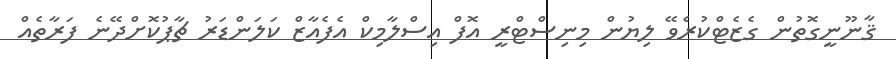
ޤާނޫނީގޮތުން ގެޒެޓްކުރެވޭ ލިޔުން މިނިސްޓްރީ އޮފް އިސްލާމިކް އެފެއާޒް ކަލަންޑަރު ޗާޕުކޮށްދޭނެ ފަރާތެއް